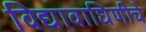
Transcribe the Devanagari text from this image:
विद्यावाघिणीचे